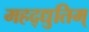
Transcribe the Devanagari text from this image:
महद्‌द्युतिम्